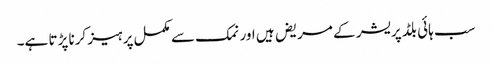
سب ہائی بلڈ پریشر کے مریض ہیں اور نمک سے مکمل پرہیز کرنا پڑتا ہے۔